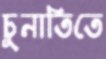
চুনাতিতে